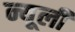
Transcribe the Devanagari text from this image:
न्यूली